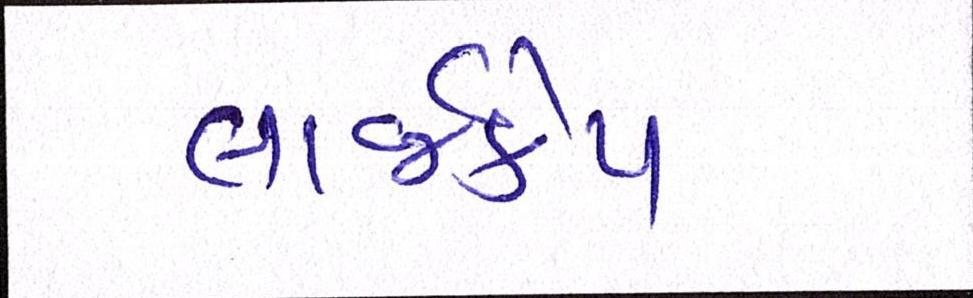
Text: લાર્જકેપ